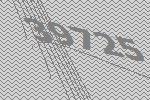
39725